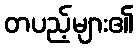
တပည့်များ၏